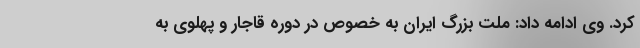
کرد. وی ادامه داد: ملت بزرگ ایران به خصوص در دوره قاجار و پهلوی به